Indian journal of veterinary science and animal husbandry - Volume 10,
Year: 1940
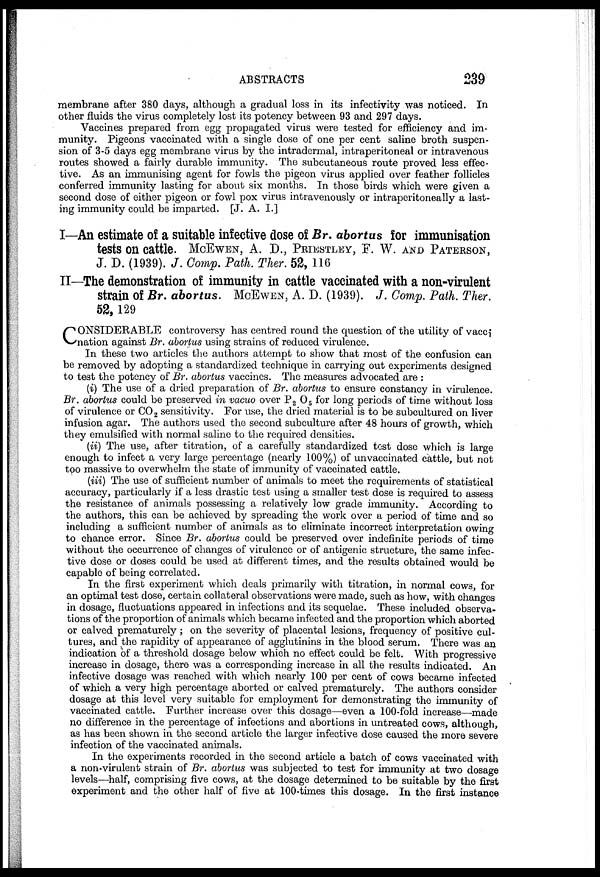
ABSTRACTS
239
membrane after 380 days, although a gradual loss in its infectivity was noticed. In
other fluids the virus completely lost its potency between 93 and 297 days.
Vaccines prepared from egg propagated virus were tested for efficiency and im-
munity. Pigeons vaccinated with a single dose of one per cent saline broth suspen-
sion of 3-5 days egg membrane virus by the intradermal, intraperitoneal or intravenous
routes showed a fairly durable immunity. The subcutaneous route proved less effec-
tive. As an immunising agent for fowls the pigeon virus applied over feather follicles
conferred immunity lasting for about six months. In those birds which were given a
second dose of either pigeon or fowl pox virus intravenously or intraperitoneally a last-
ing immunity could be imparted. [J. A. I.]
I—An estimate of a suitable infective dose of Br. abortus for immunisation
tests on cattle. MCEWEN, A. D., PRIESTLEY, F. W. AND PATERSON,
J. D. (1939). J. Comp. Path. Ther. 52, 116
II—The demonstration of immunity in cattle vaccinated with a non-virulent
strain of Br. abortus. MCEWEN, A. D. (1939). J. Comp. Path. Ther.
52,129
C ONSIDERABLE controversy has centred round the question of the utility of vacci
nation against Br. abortus using strains of reduced virulence.
In these two articles the authors attempt to show that most of the confusion can
be removed by adopting a standardized technique in carrying out experiments designed
to test the potency of Br. abortus vaccines. The measures advocated are :
(i) The use of a dried preparation of Br. abortus to ensure constancy in virulence.
Br. abortus could be preserved in vacuo over P 2 O 5 for long periods of time without loss
of virulence or CO 2 sensitivity. For use, the dried material is to be subcultured on liver
infusion agar. The authors used the second subculture after 48 hours of growth, which
they emulsified with normal saline to the required densities.
(ii) The use, after titration, of a carefully standardized test dose which is large
enough to infect a very large percentage (nearly 100%) of unvaccinated cattle, but not
too massive to overwhelm the state of immunity of vaccinated cattle.
(iii) The use of sufficient number of animals to meet the requirements of statistical
accuracy, particularly if a less drastic test using a smaller test dose is required to assess
the resistance of animals possessing a relatively low grade immunity. According to
the authors, this can be achieved by spreading the work over a period of time and so
including a sufficient number of animals as to eliminate incorrect interpretation owing
to chance error. Since Br. abortus could be preserved over indefinite periods of time
without the occurrence of changes of virulence or of antigenic structure, the same infec-
tive dose or doses could be used at different times, and the results obtained would be
capable of being correlated.
In the first experiment which deals primarily with titration, in normal cows, for
an optimal test dose, certain collateral observations were made, such as how, with changes
in dosage, fluctuations appeared in infections and its sequelae. These included observa-
tions of the proportion of animals which became infected and the proportion which aborted
or calved prematurely ; on the severity of placental lesions, frequency of positive cul-
tures, and the rapidity of appearance of agglutinins in the blood serum. There was an
indication of a threshold dosage below which no effect could be felt. With progressive
increase in dosage, there was a corresponding increase in all the results indicated. An
infective dosage was reached with which nearly 100 per cent of cows became infected
of which a very high percentage aborted or calved prematurely. The authors consider
dosage at this level very suitable for employment for demonstrating the immunity of
vaccinated cattle. Further increase over this dosage—even a 100-fold increase—made
no difference in the percentage of infections and abortions in untreated cows, although,
as has been shown in the second article the larger infective dose caused the more severe
infection of the vaccinated animals.
In the experiments recorded in the second article a batch of cows vaccinated with
a non-virulent strain of Br. abortus was subjected to test for immunity at two dosage
levels—half, comprising five cows, at the dosage determined to be suitable by the first
experiment and the other half of five at 100-times this dosage. In the first instance